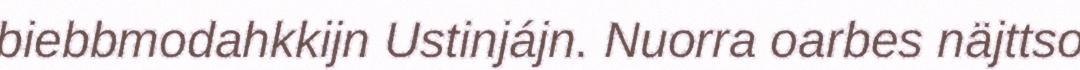
biebbmodahkkijn Ustinjájn. Nuorra oarbes näjttso